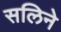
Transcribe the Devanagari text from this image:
सलिने